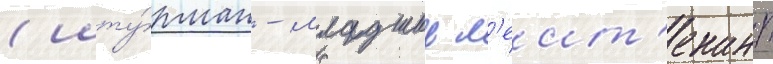
(шту́рман - младшии л'еит'енант